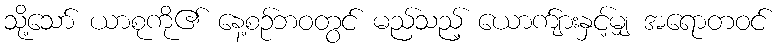
သို့သော် ယာစုကို၏ နေ့စဉ်ဘဝတွင် မည်သည့် ယောက်ျားနှင့်မျှ အရောတဝင်